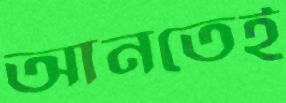
আনতেই